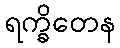
ရက္ခိတေန